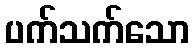
ပက်သက်သော